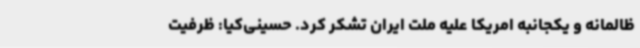
ظالمانه و یکجانبه امریکا علیه ملت ایران تشکر کرد. حسینی‌کیا: ظرفیت